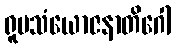
ရူပသံယောဇနာတိဂေါ